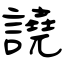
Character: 譊